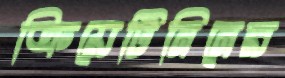
ক্রিয়েটিনিনের